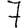
Digit: 7